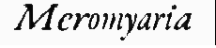
Meromyaria